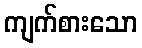
ကျက်စားသော